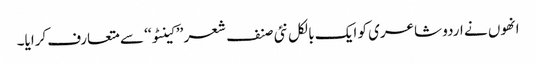
انھوں نے اردو شاعری کو ایک بالکل نئی صنف شعر ’’ کینٹو‘‘ سے متعارف کرایا۔